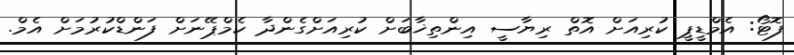
ފޮޓޯ: އެމްޑީޕީ ކުރިއަށް އޮތް ރިޔާސީ އިންތިޚާބަށް ކުރިއަށްގެންދާ ކެމްޕޭނަށް ފަންޑްކުރުމަށް އެމް.